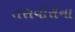
તસવીરોના